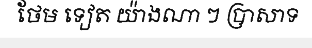
ថែម ទៀត យ៉ាងណា ៗ ប្រាសាទ